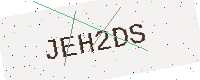
Text: JEH2DS